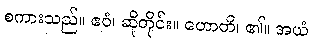
စကားသည်။ ဧဝံ၊ ဆိုတိုင်း။ ဟောတိ၊ ၏။ အယံ